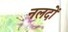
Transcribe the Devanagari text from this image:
नलदों